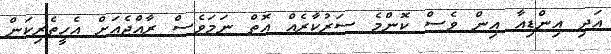
އަދި އިންޑިއާ އިން ވެސް ކޮންމެ ސަރުކާރެއް އޮތް ނަމަވެސް ރާއްޖެއަށް އެހީތެރިކަން